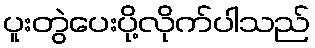
ပူးတွဲပေးပို့လိုက်ပါသည်